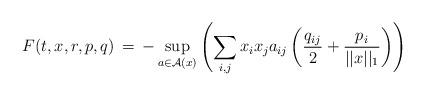
LaTeX: \begin{align*} F(t,x,r,p,q) \,=\, - \sup_{a\in \mathcal{A}(x)} \left( \sum_{i,j} x_i x_j a_{ij} \left(\frac{q_{ij}}{2} + \frac{p_i}{||x||_1}\right)\right)\ \end{align*}